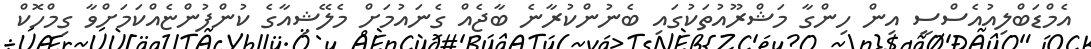
އެމްޑަބްލިއުއެސްސީ އިން ހިންގާ މަޝްރޫއުތަކުގައި ބެނުންކުރާނެ ބާޖެއް ގެނައުމަށް މެލޭޝިއާގެ ކުންފުންޏެއްކަމަށްވާ ގިމްހޮކް